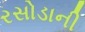
રસોડાની